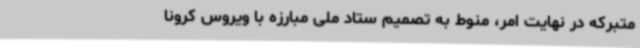
متبرکه در نهایت امر، منوط به تصمیم ستاد ملی مبارزه با ویروس کرونا